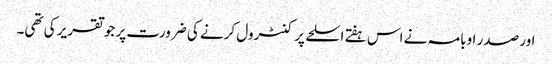
اور صدر اوبامہ نے اس ہفتے اسلحے پر کنٹرول کرنے کی ضرورت پر جو تقریر کی تھی۔